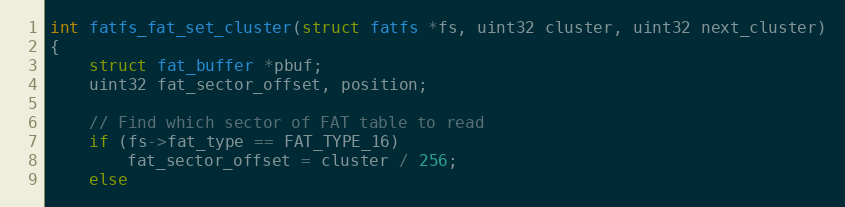
Language: C
int fatfs_fat_set_cluster(struct fatfs *fs, uint32 cluster, uint32 next_cluster)
{
    struct fat_buffer *pbuf;
    uint32 fat_sector_offset, position;

    // Find which sector of FAT table to read
    if (fs->fat_type == FAT_TYPE_16)
        fat_sector_offset = cluster / 256;
    else